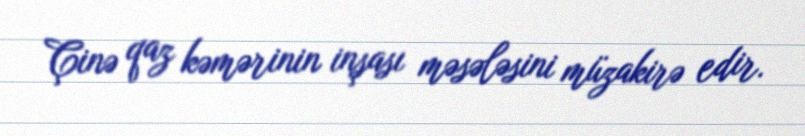
Çinə qaz kəmərinin inşası məsələsini müzakirə edir.